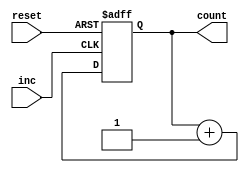
`timescale 1ns / 1ps
//////////////////////////////////////////////////////////////////////////////////
// Company: 
// Engineer: 
// 
// Design Name: 
// Module Name: counter_16bit
// Project Name: 
// Target Devices: 
// Tool Versions: 
// Description: 
// 
// Dependencies: 
// 
// Revision:
// Revision 0.01 - File Created
// Additional Comments:
// 
//////////////////////////////////////////////////////////////////////////////////


module counter_16bit(
    //input clk,
    input reset,
    input inc,
    output reg [15:0] count
    );
    always @ (posedge inc or negedge reset) begin
        if(!reset) begin
        count <= 0;
    end else begin
//        if(inc == 1)
            count <= count + 1;
    end
    end
endmodule